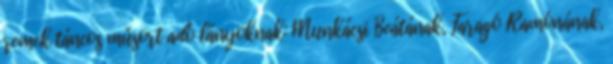
remek táncos műsort adó lányoknak: Munkácsi Beátának, Faragó Ramónának,